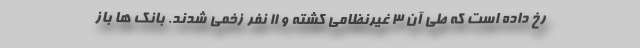
رخ داده است که طی آن ۳ غیرنظامی کشته و ۱۱ نفر زخمی شدند. بانک ها باز